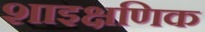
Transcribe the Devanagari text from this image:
शाइक्षणिक